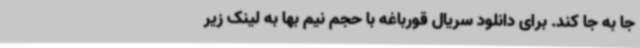
جا به جا کند. برای دانلود سریال قورباغه با حجم نیم بها به لینک زیر